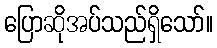
ပြောဆိုအပ်သည်ရှိသော်။